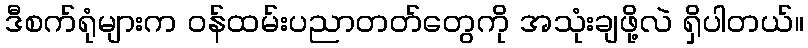
ဒီစက်ရုံများက ဝန်ထမ်းပညာတတ်တွေကို အသုံးချဖို့လဲ ရှိပါတယ်။